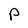
Character: p